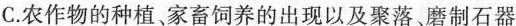
C.农作物的种植、家畜饲养的出现以及聚落、磨制石器